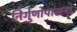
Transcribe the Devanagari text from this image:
निर्गुणोपासना